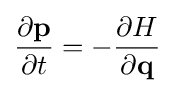
{\dfrac {\partial \mathbf {p} }{\partial t}}=-{\dfrac {\partial H}{\partial \mathbf {q} }}